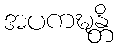
အပကဍ္ဎန္တိ